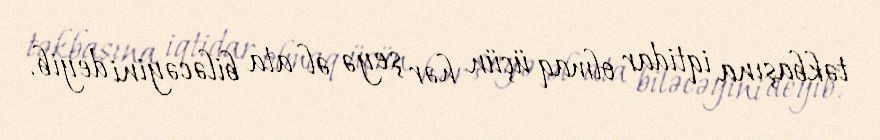
təkbaşına iqtidar olmaq üçün hər şeyə əl ata biləcəyini deyib.